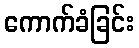
ကောက်ခံခြင်း